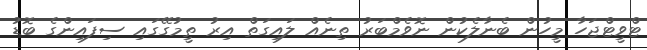
ޓްވީޓްޖަހާ މީހުން ބެނާލެކުން ނޮވެމްބަރު ތިނެއް ލައިގަތް އިރު ތީމުގޭގައި ސިފައިންގެ ބޮޑު